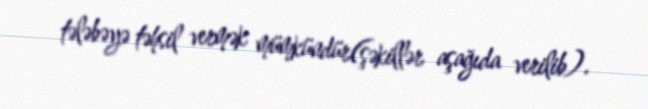
tələbəyə təhsil vermək mümkündür(şəkillər aşağıda verilib).